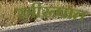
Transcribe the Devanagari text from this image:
स्त्रीरूपात